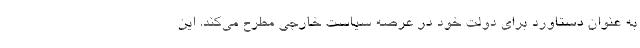
به عنوان دستاورد برای دولت خود در عرصه سیاست خارجی مطرح می‌کند. این